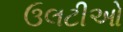
ઉલટીઓ